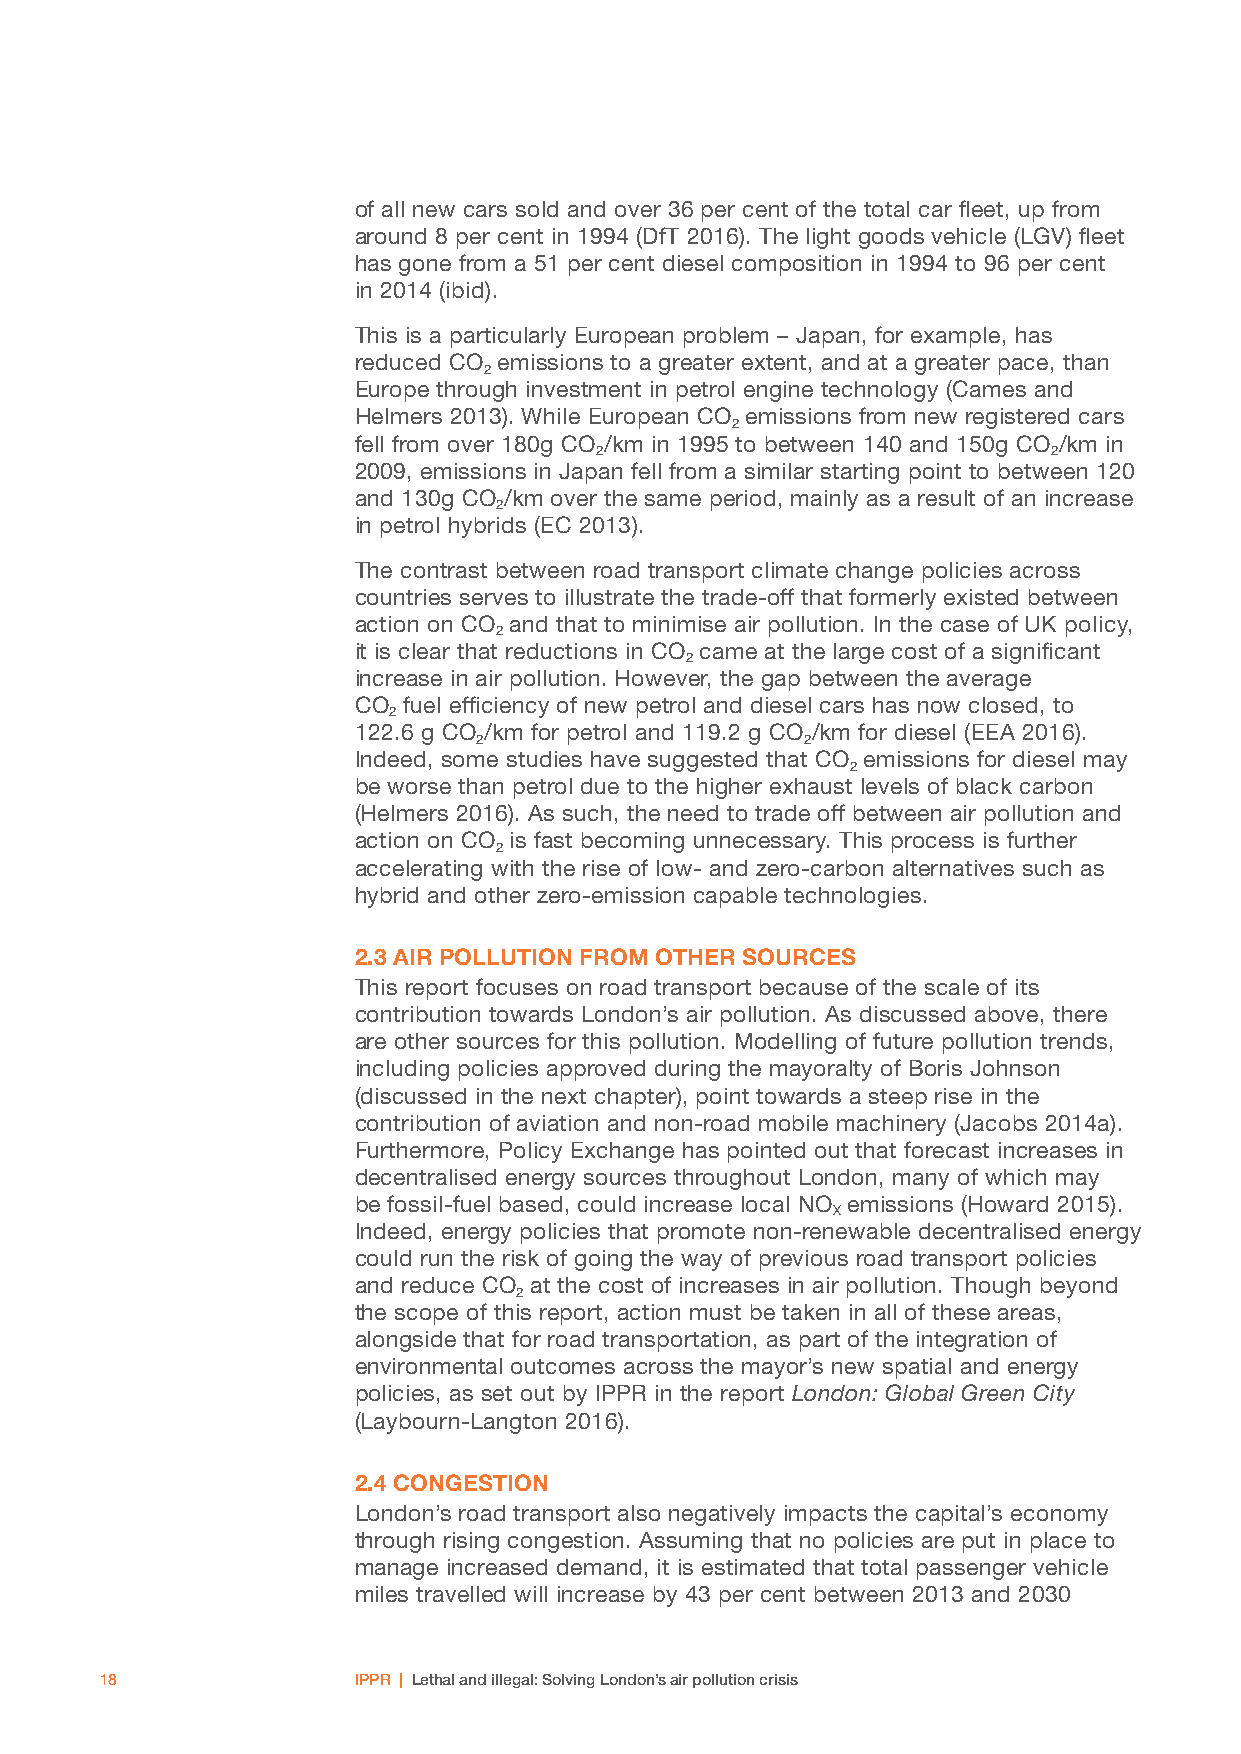
of all new cars sold and over 36 per cent of the total car fleet, up from
 around 8 per cent in 1994 (DfT 2016). The light goods vehicle (LGV) fleet
 has gone from a 51 per cent diesel composition in 1994 to 96 per cent
 in 2014 (ibid).
 This is a particularly European problem – Japan, for example, has
 reduced CO emissions to a greater extent, and at a greater pace, than
 2
 Europe through investment in petrol engine technology (Cames and
 Helmers 2013). While European CO emissions from new registered cars
 2
 fell from over 180g CO /km in 1995 to between 140 and 150g CO /km in
 2                              2
 2009, emissions in Japan fell from a similar starting point to between 120
 and 130g CO /km over the same period, mainly as a result of an increase
 2
 in petrol hybrids (EC 2013).
 The contrast between road transport climate change policies across
 countries serves to illustrate the trade-off that formerly existed between
 action on CO and that to minimise air pollution. In the case of UK policy,
 2
 it is clear that reductions in CO came at the large cost of a significant
 2
 increase in air pollution. However, the gap between the average
 CO  fuel efficiency of new petrol and diesel cars has now closed, to
 2
 122.6 g CO /km for petrol and 119.2 g CO /km for diesel (EEA 2016).
 2                    2
 Indeed, some studies have suggested that CO emissions for diesel may
 2
 be worse than petrol due to the higher exhaust levels of black carbon
 (Helmers 2016). As such, the need to trade off between air pollution and
 action on CO is fast becoming unnecessary. This process is further
 2
 accelerating with the rise of low- and zero-carbon alternatives such as
 hybrid and other zero-emission capable technologies.
 2.3 AIR POLLUTION FROM OTHER SOURCES
 This report focuses on road transport because of the scale of its
 contribution towards London’s air pollution. As discussed above, there
 are other sources for this pollution. Modelling of future pollution trends,
 including policies approved during the mayoralty of Boris Johnson
 (discussed in the next chapter), point towards a steep rise in the
 contribution of aviation and non-road mobile machinery (Jacobs 2014a).
 Furthermore, Policy Exchange has pointed out that forecast increases in
 decentralised energy sources throughout London, many of which may
 be fossil-fuel based, could increase local NO emissions (Howard 2015).
 X
 Indeed, energy policies that promote non-renewable decentralised energy
 could run the risk of going the way of previous road transport policies
 and reduce CO at the cost of increases in air pollution. Though beyond
 2
 the scope of this report, action must be taken in all of these areas,
 alongside that for road transportation, as part of the integration of
 environmental outcomes across the mayor’s new spatial and energy
 policies, as set out by IPPR in the report London: Global Green City
 (Laybourn-Langton 2016).
 2.4 CONGESTION
 London’s road transport also negatively impacts the capital’s economy
 through rising congestion. Assuming that no policies are put in place to
 manage increased demand, it is estimated that total passenger vehicle
 miles travelled will increase by 43 per cent between 2013 and 2030
 18              IPPR | Lethal and illegal: Solving London’s air pollution crisis